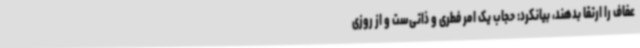
عفاف را ارتقا بدهند، بیانکرد: حجاب یک امر فطری و ذاتی‌ست و از روزی